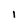
Character: i